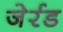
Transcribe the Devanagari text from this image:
जेर्रड